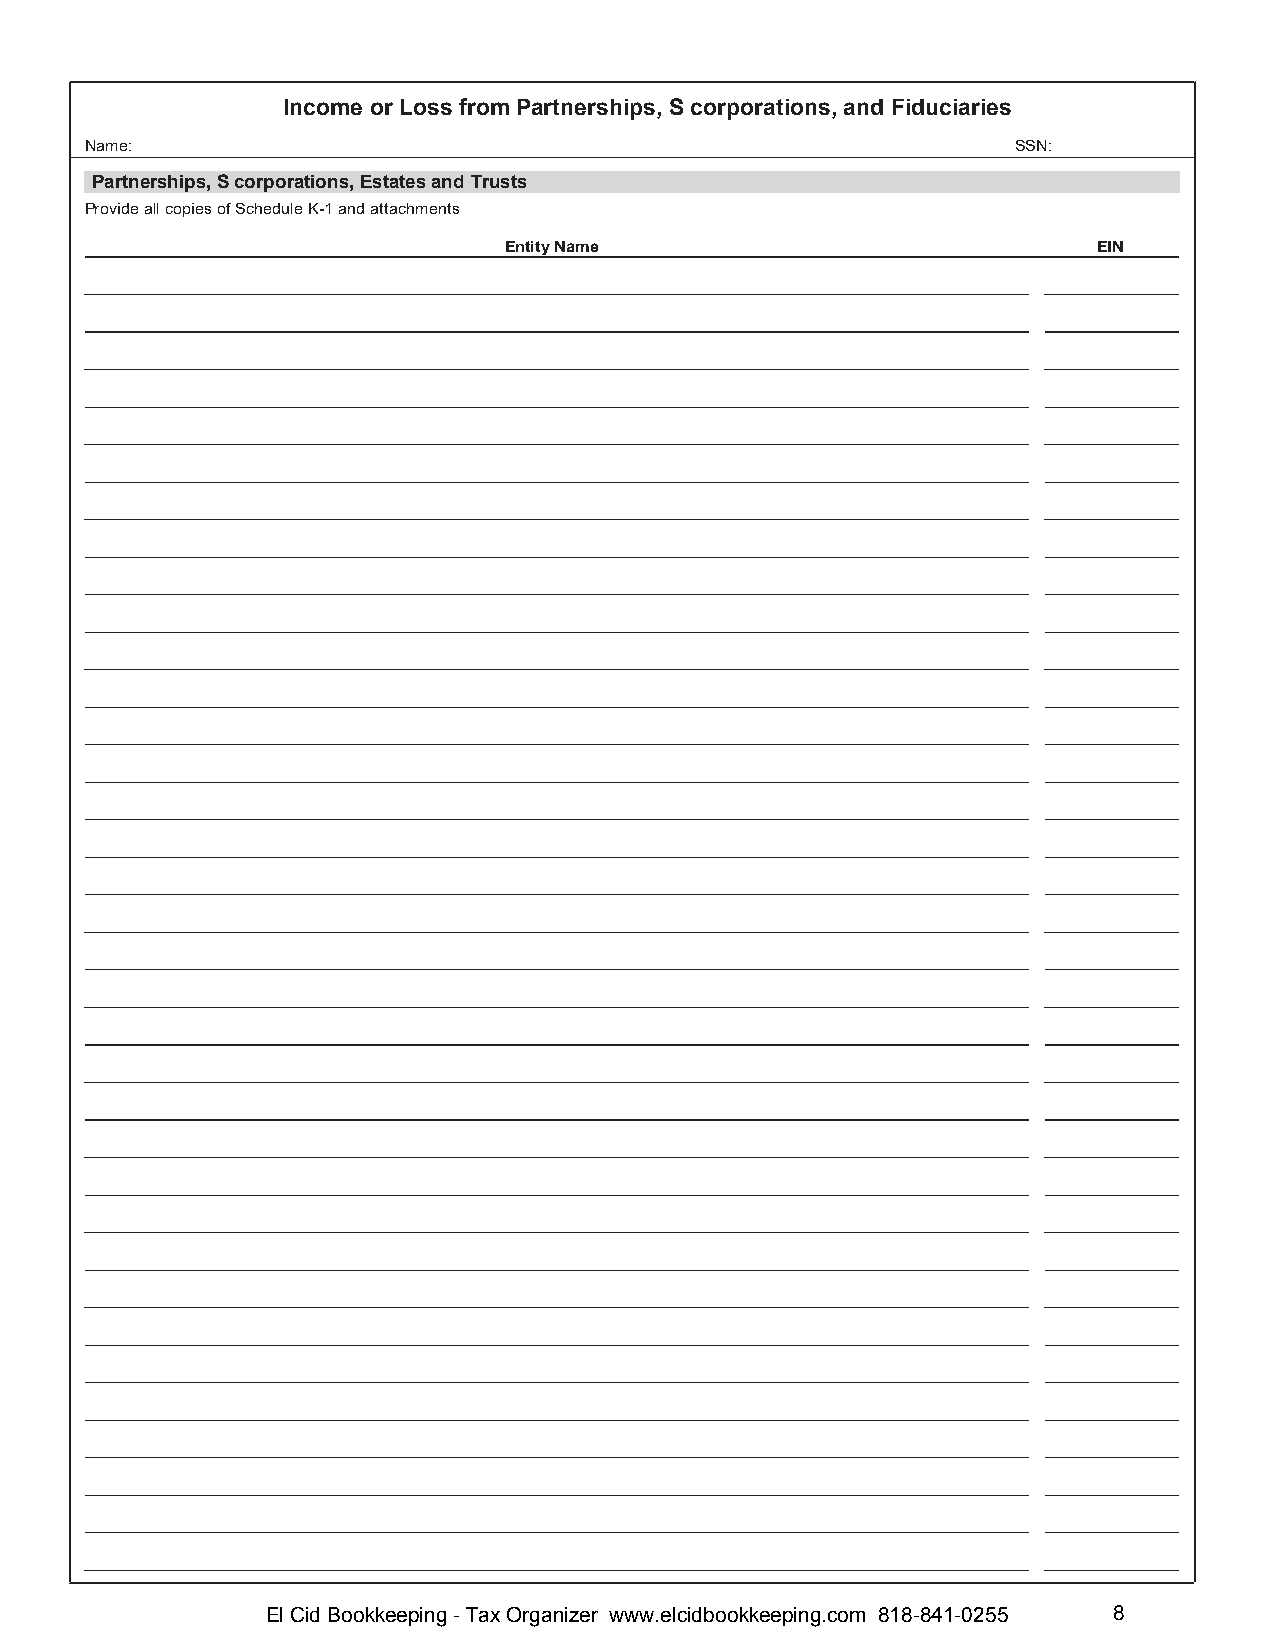
Income or Loss from Partnerships, S corporations, and Fiduciaries
 Name:                                                        SSN:
 Partnerships, S corporations, Estates and Trusts
 Provide all copies of Schedule K-1 and attachments
 Entity Name                             EIN
 El Cid Bookkeeping - Tax Organizer www.elcidbookkeeping.com 818-841-0255 8